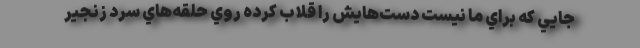
جايي كه براي ما نيست دست‌هايش را قلاب كرده روي حلقه‌هاي سرد زنجير